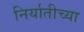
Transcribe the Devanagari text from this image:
निर्यातीच्या